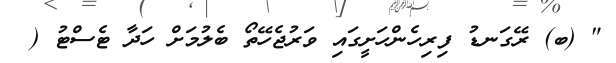
" (ބ) ރޭގަނޑު ފިރިހެންހަށީގައި ވަރުޖެހޭތޯ ބެލުމަށް ހަދާ ޓެސްޓު (